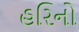
હરિનો